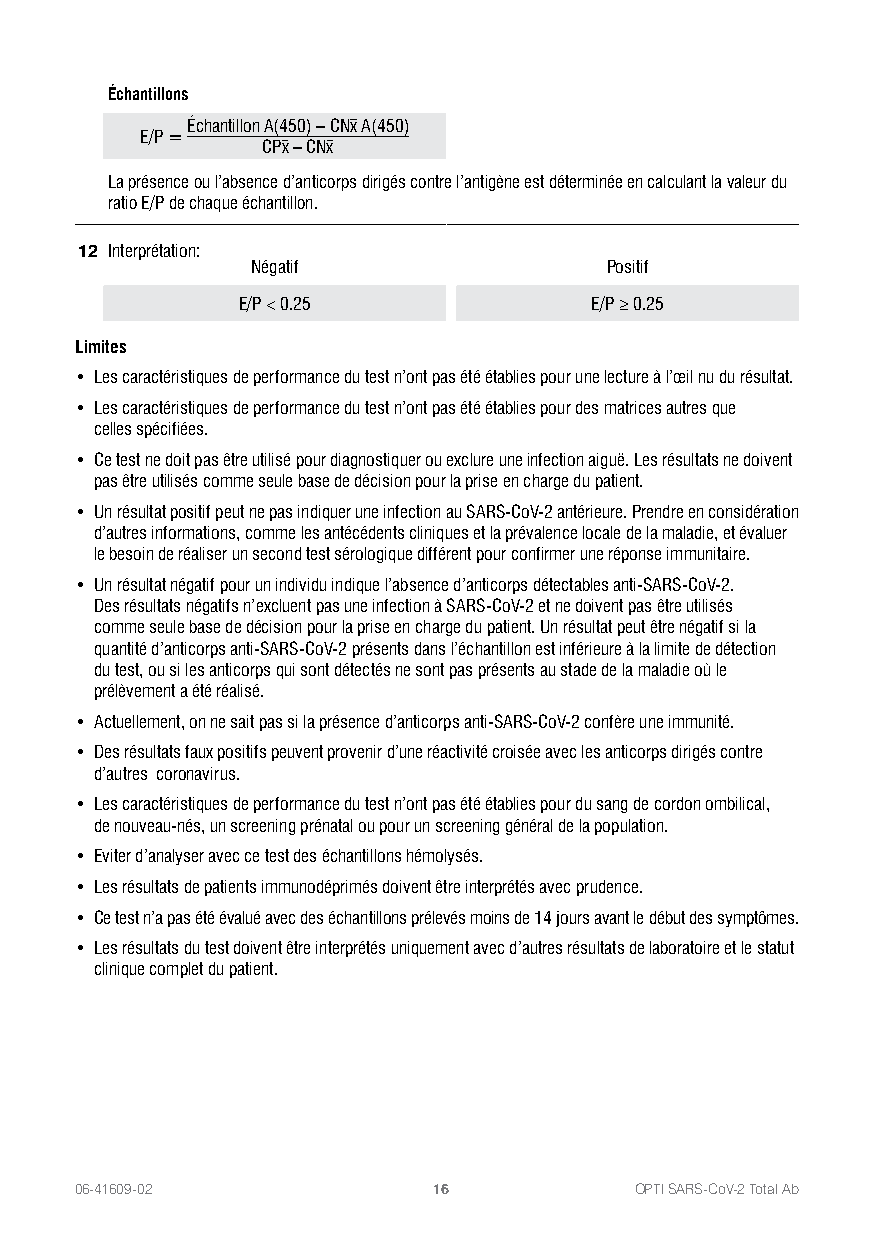
Échantillons
 Échantillon A(450) – CNx A(450)
 E/P =
 CPx – CNx
 La présence ou l’absence d’anticorps dirigés contre l’antigène est déterminée en calculant la valeur du
 ratio E/P de chaque échantillon.
 12 Interprétation:
 Négatif                Positif
 E/P < 0.25             E/P ≥ 0.25
 Limites
 • Les caractéristiques de performance du test n’ont pas été établies pour une lecture à l’œil nu du résultat.
 • Les caractéristiques de performance du test n’ont pas été établies pour des matrices autres que
 celles spécifiées.
 • Ce test ne doit pas être utilisé pour diagnostiquer ou exclure une infection aiguë. Les résultats ne doivent
 pas être utilisés comme seule base de décision pour la prise en charge du patient.
 • Un résultat positif peut ne pas indiquer une infection au SARS-CoV-2 antérieure. Prendre en considération
 d’autres informations, comme les antécédents cliniques et la prévalence locale de la maladie, et évaluer
 le besoin de réaliser un second test sérologique différent pour confirmer une réponse immunitaire.
 • Un résultat négatif pour un individu indique l’absence d’anticorps détectables anti-SARS-CoV-2.
 Des résultats négatifs n’excluent pas une infection à SARS-CoV-2 et ne doivent pas être utilisés
 comme seule base de décision pour la prise en charge du patient. Un résultat peut être négatif si la
 quantité d’anticorps anti-SARS-CoV-2 présents dans l’échantillon est inférieure à la limite de détection
 du test, ou si les anticorps qui sont détectés ne sont pas présents au stade de la maladie où le
 prélèvement a été réalisé.
 • Actuellement, on ne sait pas si la présence d’anticorps anti-SARS-CoV-2 confère une immunité.
 • Des résultats faux positifs peuvent provenir d’une réactivité croisée avec les anticorps dirigés contre
 d’autres coronavirus.
 • Les caractéristiques de performance du test n’ont pas été établies pour du sang de cordon ombilical,
 de nouveau-nés, un screening prénatal ou pour un screening général de la population.
 • Eviter d’analyser avec ce test des échantillons hémolysés.
 • Les résultats de patients immunodéprimés doivent être interprétés avec prudence.
 • Ce test n’a pas été évalué avec des échantillons prélevés moins de 14 jours avant le début des symptômes.
 • Les résultats du test doivent être interprétés uniquement avec d’autres résultats de laboratoire et le statut
 clinique complet du patient.
 06-41609-02             16           OPTI SARS-CoV-2 Total Ab